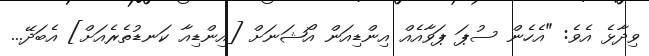
ވިދާޅެ އެވެ: "އެހެން ސުޕަ ޕަވާއެއް އިންޑިއަން އޯޝަނަށް [އިންޑިއާ ކަނޑުތެރެއަށް] އެބަދޭ...